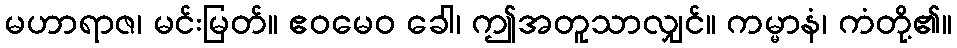
မဟာရာဇ၊ မင်းမြတ်။ ဧဝမေဝ ခေါ၊ ဤအတူသာလျှင်။ ကမ္မာနံ၊ ကံတို့၏။